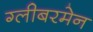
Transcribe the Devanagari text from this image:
ग्लीबरमेन